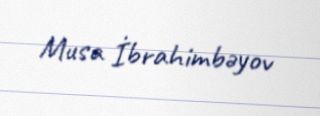
Musa İbrahimbəyov